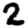
Digit: 2